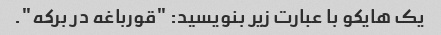
یک هایکو با عبارت زیر بنویسید: "قورباغه در برکه".